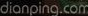
dianping.com